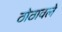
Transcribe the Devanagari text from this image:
ठोठावले